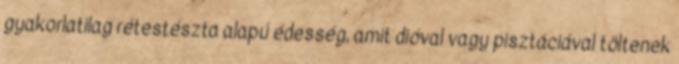
gyakorlatilag rétestészta alapú édesség, amit dióval vagy pisztáciával töltenek